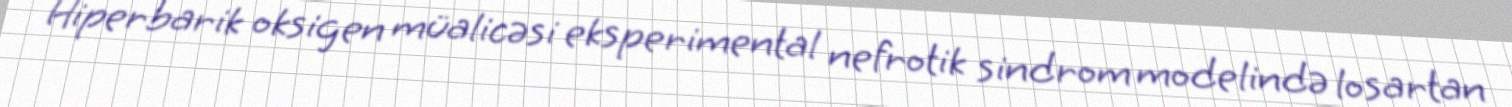
Hiperbarik oksigen müalicəsi eksperimental nefrotik sindrom modelində losartan